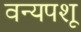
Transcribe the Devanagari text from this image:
वन्यपशू